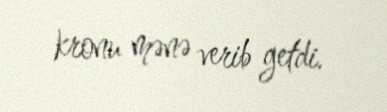
kronu mənə verib getdi.